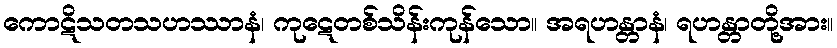
ကောဋိသတသဟဿာနံ၊ ကုဋေတစ်သိန်းကုန်သော။ အရဟန္တာနံ၊ ရဟန္တာတို့အား။